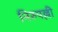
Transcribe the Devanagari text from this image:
निरुपल्ली